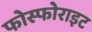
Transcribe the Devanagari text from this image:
फोस्फोराइट